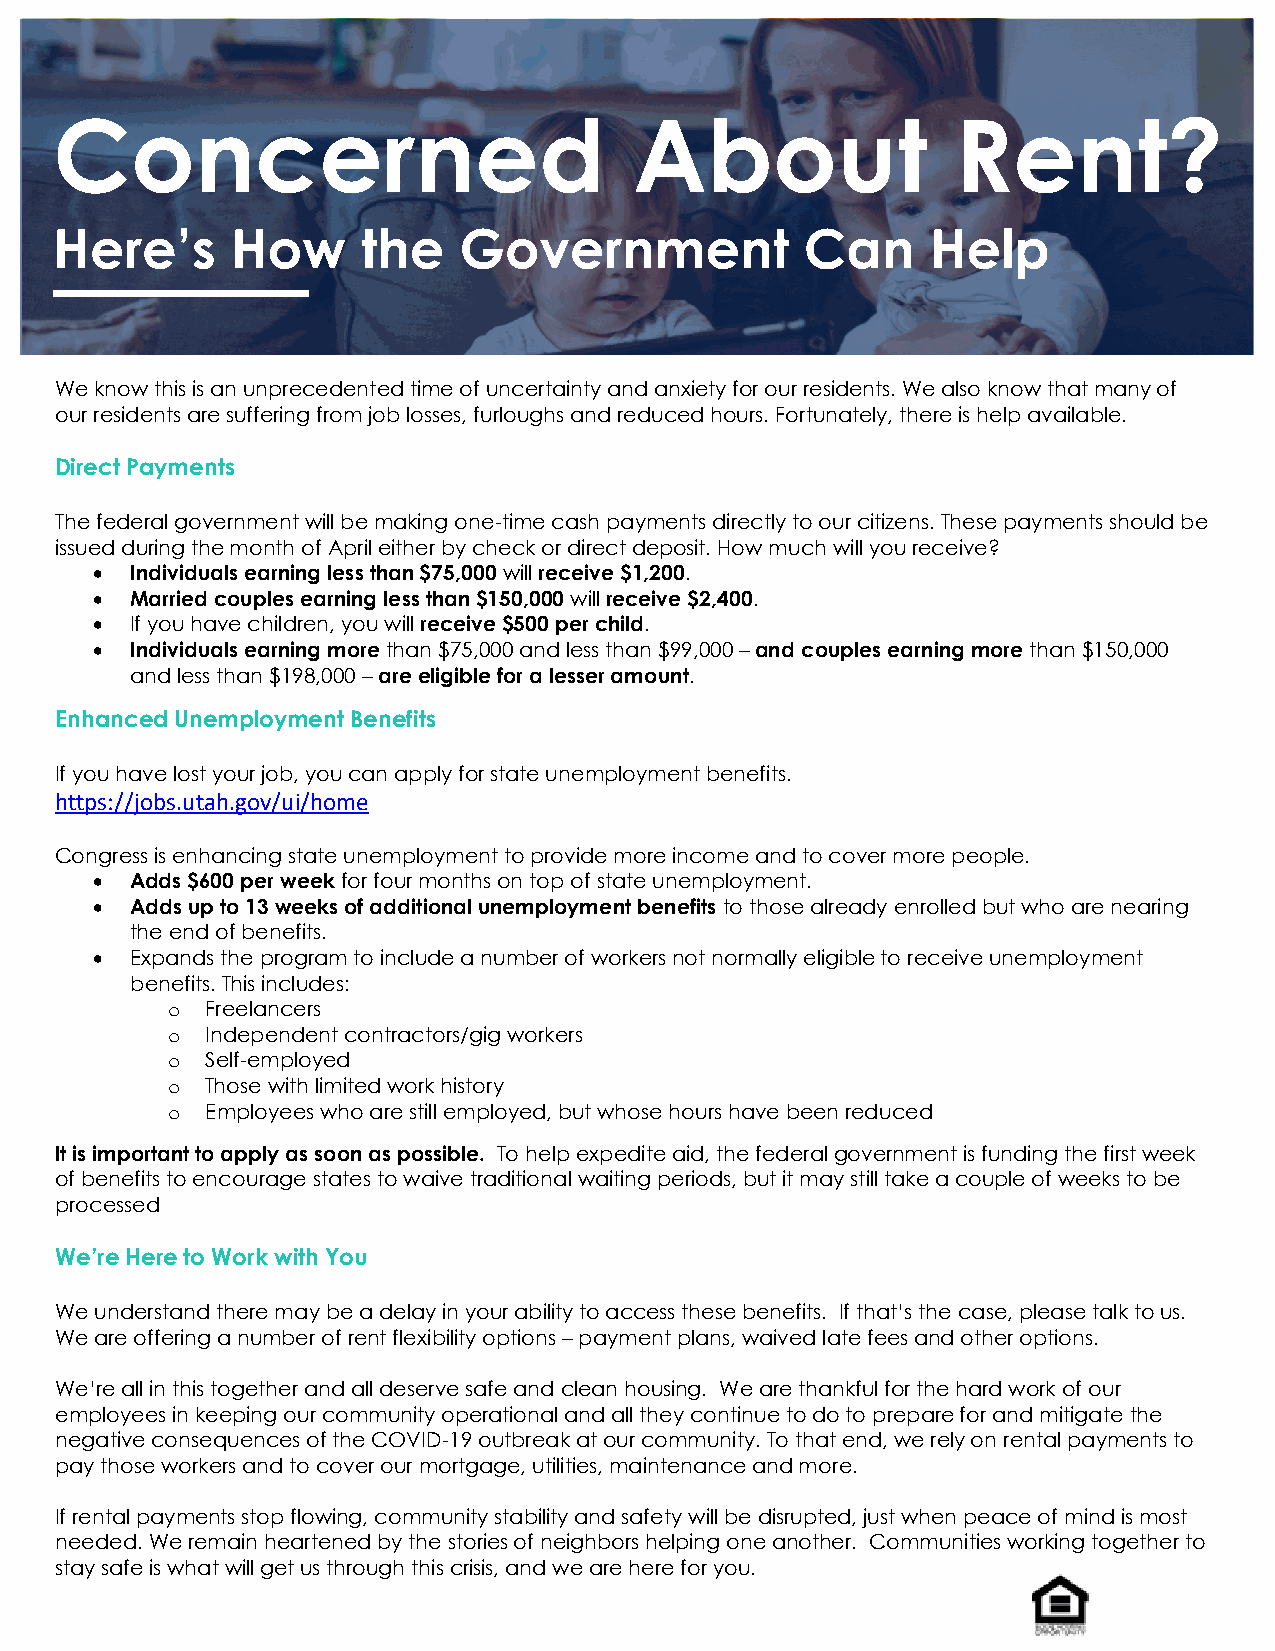
C    oncerned                         About                Rent?
 Here’s     How      the   Government             Can      Help
 We know this is an unprecedented time of uncertainty and anxiety for our residents. We also know that many of
 our residents are suffering from job losses, furloughs and reduced hours. Fortunately, there is help available.
 Direct Payments
 The federal government will be making one-time cash payments directly to our citizens. These payments should be
 issued during the month of April either by check or direct deposit. How much will you receive?
 •  Individuals earning less than $75,000 will receive $1,200.
 •  Married couples earning less than $150,000 will receive $2,400.
 •  If you have children, you will receive $500 per child.
 •  Individuals earning more than $75,000 and less than $99,000 – and couples earning more than $150,000
 and less than $198,000 – are eligible for a lesser amount.
 Enhanced Unemployment Benefits
 If you have lost your job, you can apply for state unemployment benefits.
 https://jobs.utah.gov/ui/home
 Congress is enhancing state unemployment to provide more income and to cover more people.
 •  Adds $600 per week for four months on top of state unemployment.
 •  Adds up to 13 weeks of additional unemployment benefits to those already enrolled but who are nearing
 the end of benefits.
 •  Expands the program to include a number of workers not normally eligible to receive unemployment
 benefits. This includes:
 o  Freelancers
 o  Independent contractors/gig workers
 o  Self-employed
 o  Those with limited work history
 o  Employees who are still employed, but whose hours have been reduced
 It is important to apply as soon as possible. To help expedite aid, the federal government is funding the first week
 of benefits to encourage states to waive traditional waiting periods, but it may still take a couple of weeks to be
 processed
 We’re Here to Work with You
 We understand there may be a delay in your ability to access these benefits. If that’s the case, please talk to us.
 We are offering a number of rent flexibility options – payment plans, waived late fees and other options.
 We’re all in this together and all deserve safe and clean housing. We are thankful for the hard work of our
 employees in keeping our community operational and all they continue to do to prepare for and mitigate the
 negative consequences of the COVID-19 outbreak at our community. To that end, we rely on rental payments to
 pay those workers and to cover our mortgage, utilities, maintenance and more.
 If rental payments stop flowing, community stability and safety will be disrupted, just when peace of mind is most
 needed. We remain heartened by the stories of neighbors helping one another. Communities working together to
 stay safe is what will get us through this crisis, and we are here for you.